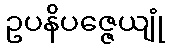
ဥပနိပဇ္ဇေယျုံ